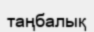
таңбалық